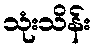
သုံးသိန်း